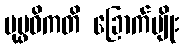
ပုပ္ဖဝိကတိ ခြောက်မျိုး